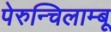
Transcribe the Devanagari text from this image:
पेरुन्चिलाम्बू